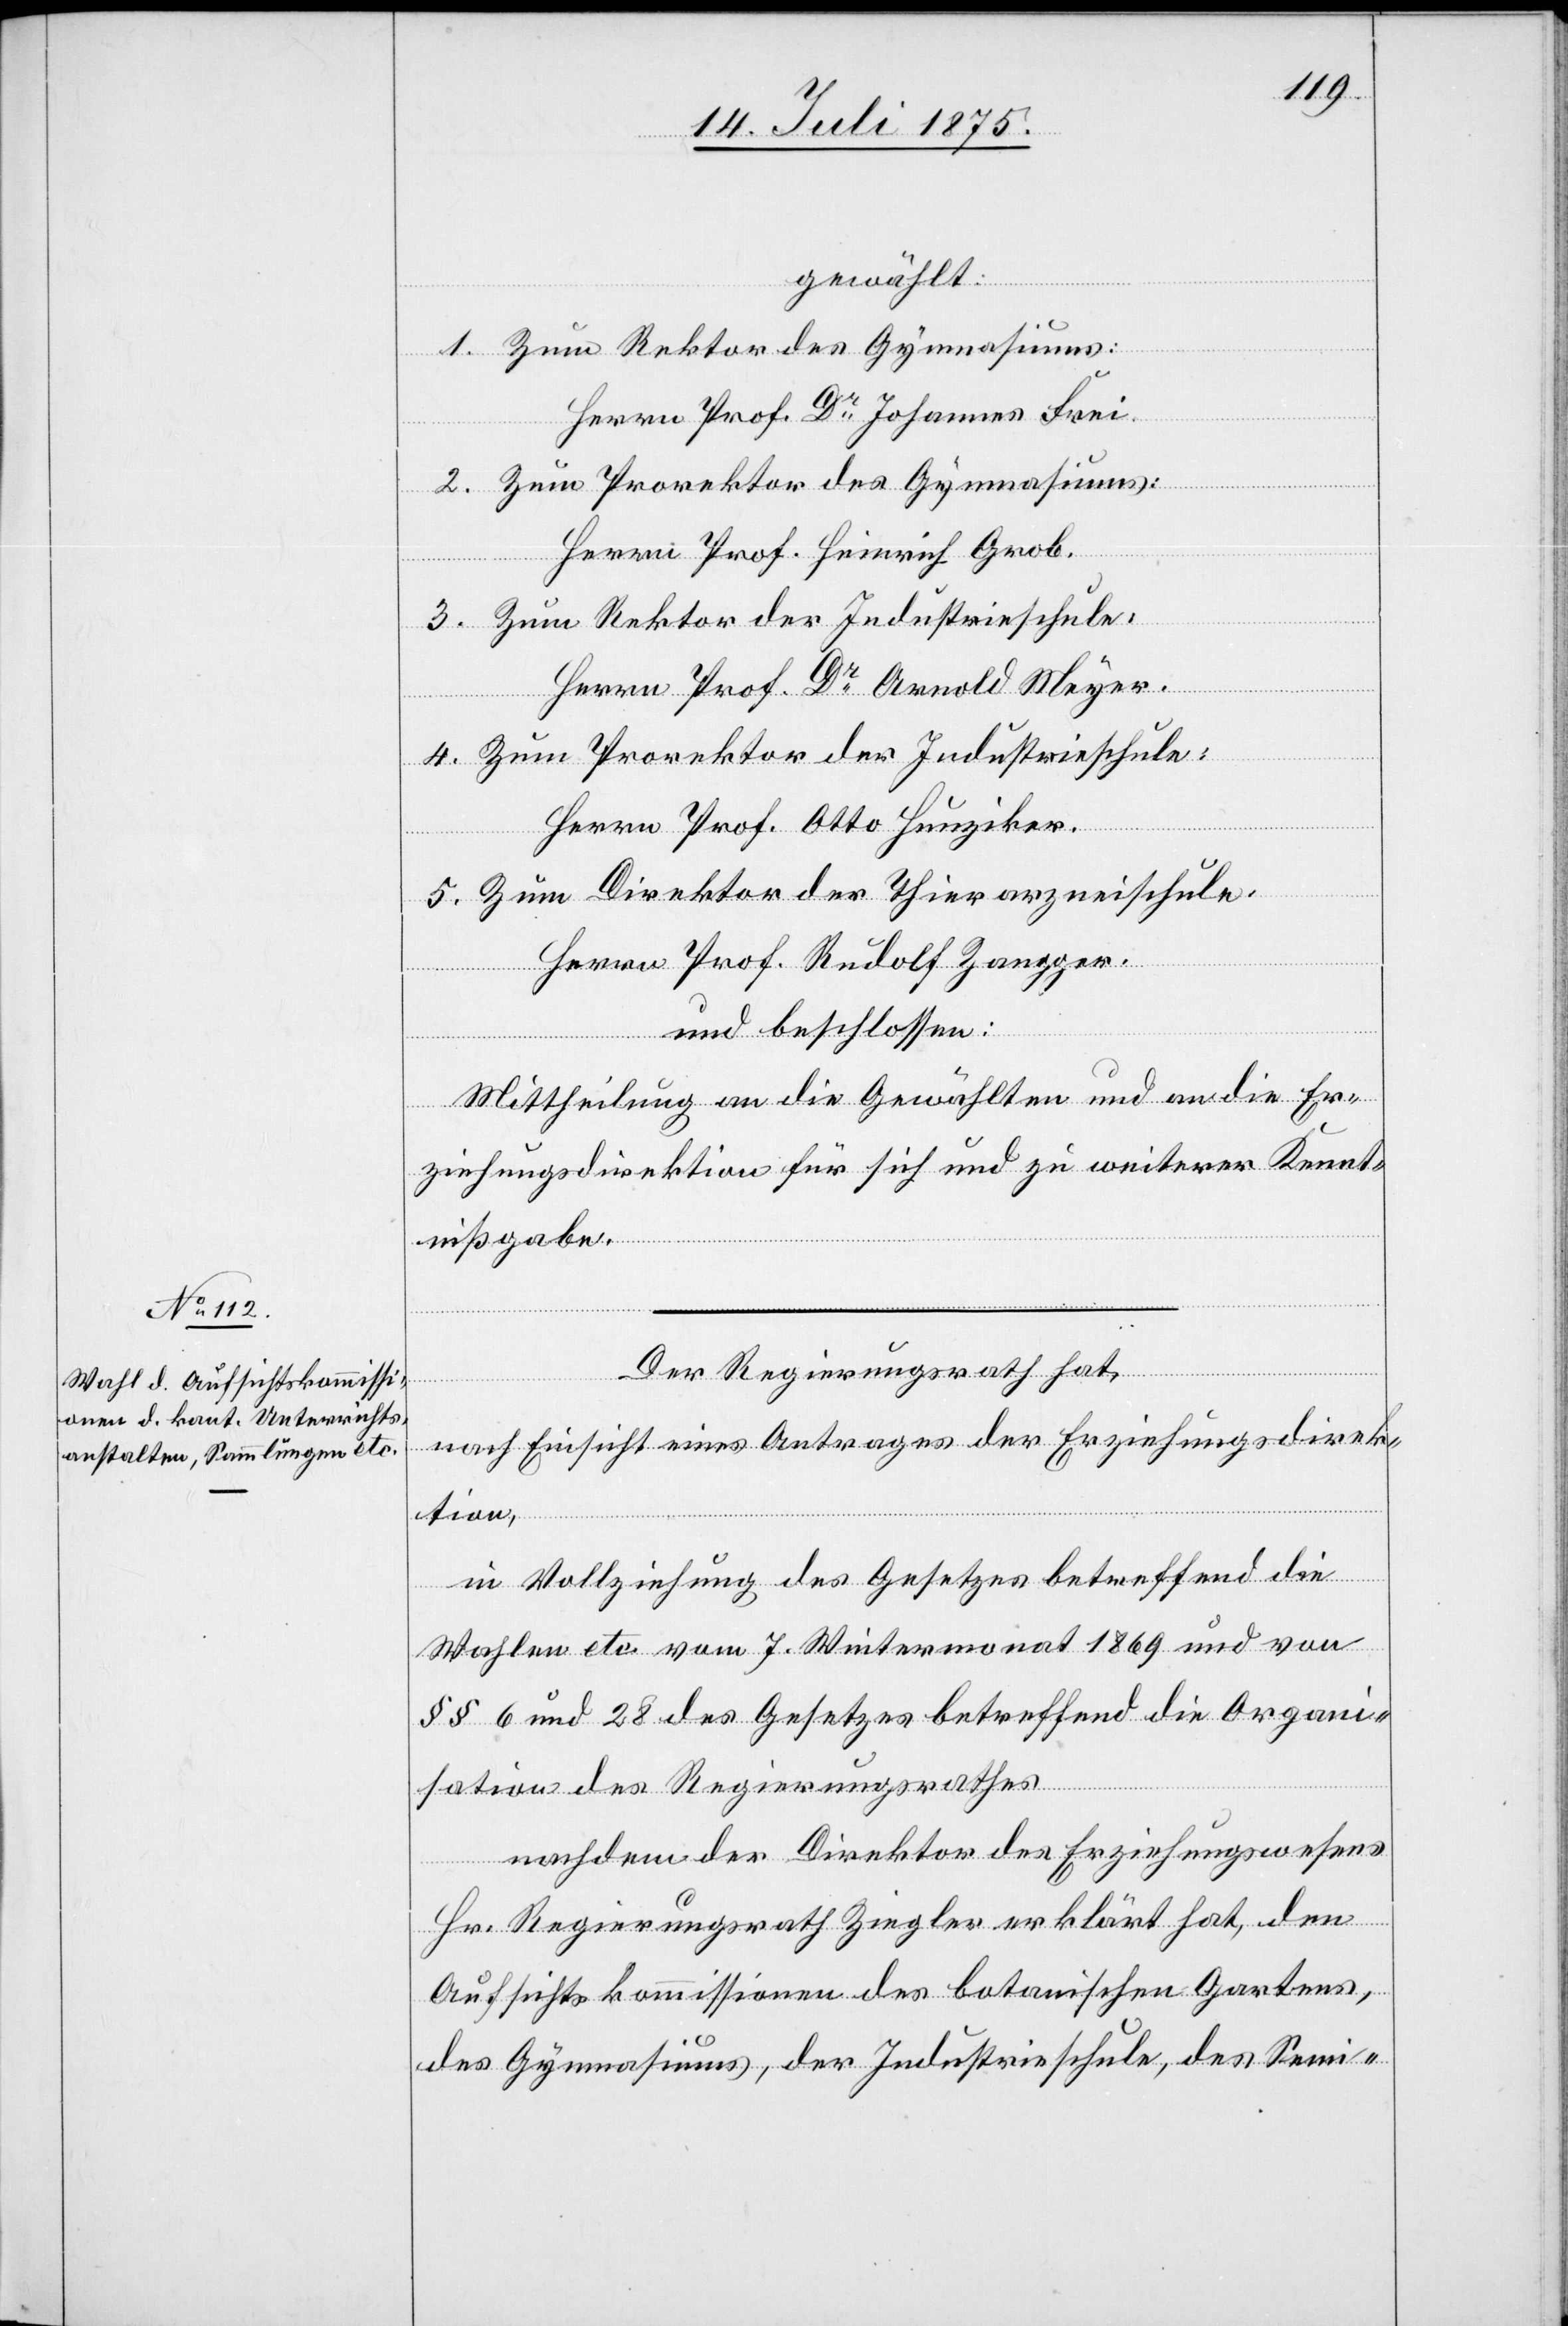
gewählt:
1. Zum Rektor des Gymnasiums:
Herrn Prof. Dr Johannes Frei.
2. Zum Prorektor des Gymnasiums:
Herrn Prof. Heinrich Grob.
3. Zum Rektor der Industrieschule:
Herrn Prof. Dr Arnold Meyer.
4. Zum Prorektor der Industrieschule
Herrn Prof. Otto Hunziker.
5. Zum Direktor der Thierarzneischule:
Herrn Prof. Rudolf Zangger.
und beschlossen:
Mittheilung an die Gewählten und an die Er¬
ziehungsdirektion für sich und zu weiterer Kennt¬
nißgabe.
Der Regierungsrath hat,
nach Einsicht eines Antrages der Erziehungsdirek¬
tion,
in Vollziehung des Gesetzes betreffend die
Wahlen etc. vom 7. Wintermonat 1869 und von
§§ 6 und 28 des Gesetzes betreffend die Organi¬
sation des Regierungsrathes
nachdem der Direktor des Erziehungswesens
Hr. Regierungsrath Ziegler erklärt hat, den
Aufsichtskommissionen des botanischen Gartens,
des Gymnasiums, der Industrieschule, des Semi-